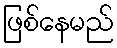
ဖြစ်နေမည်